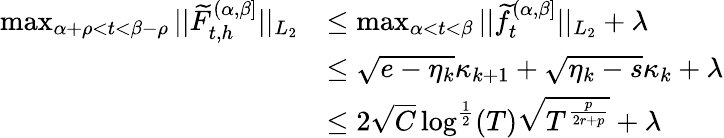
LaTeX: \begin{array}{rl}{\operatorname*{max}_{\alpha+\rho<t<\beta-\rho}\vert\vert\widetilde{F}_{t,h}^{(\alpha,\beta]}\vert\vert_{L_{2}}}&{\leq\operatorname*{max}_{\alpha<t<\beta}\vert\vert\widetilde{f}_{t}^{(\alpha,\beta]}\vert\vert_{L_{2}}+\lambda}\\ &{\leq\sqrt{e-\eta_{k}}\kappa_{k+1}+\sqrt{\eta_{k}-s}\kappa_{k}+\lambda}\\ &{\le 2\sqrt{C}\log^{\frac{1}{2}}(T)\sqrt{T^{\frac{p}{2r+p}}}+\lambda}\end{array}